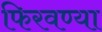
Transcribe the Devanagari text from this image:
फिरवण्या